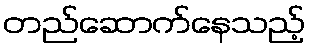
တည်ဆောက်နေသည့်